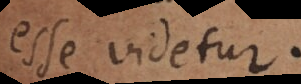
esse videtur.